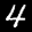
Label: 4